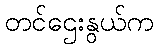
တင်ဌေးနွယ်က